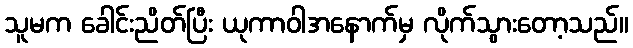
သူမက ခေါင်းညိတ်ပြီး ယုကာဝါအနောက်မှ လိုက်သွားတော့သည်။